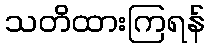
သတိထားကြရန်